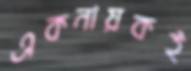
একনায়কই